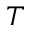
T